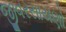
જીવરસાયણો